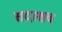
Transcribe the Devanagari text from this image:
सदाशव